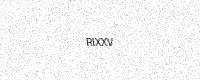
Text: RIXXV